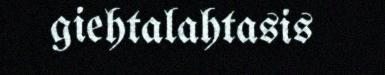
giehtalahtasis